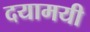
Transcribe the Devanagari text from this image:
दयामयी